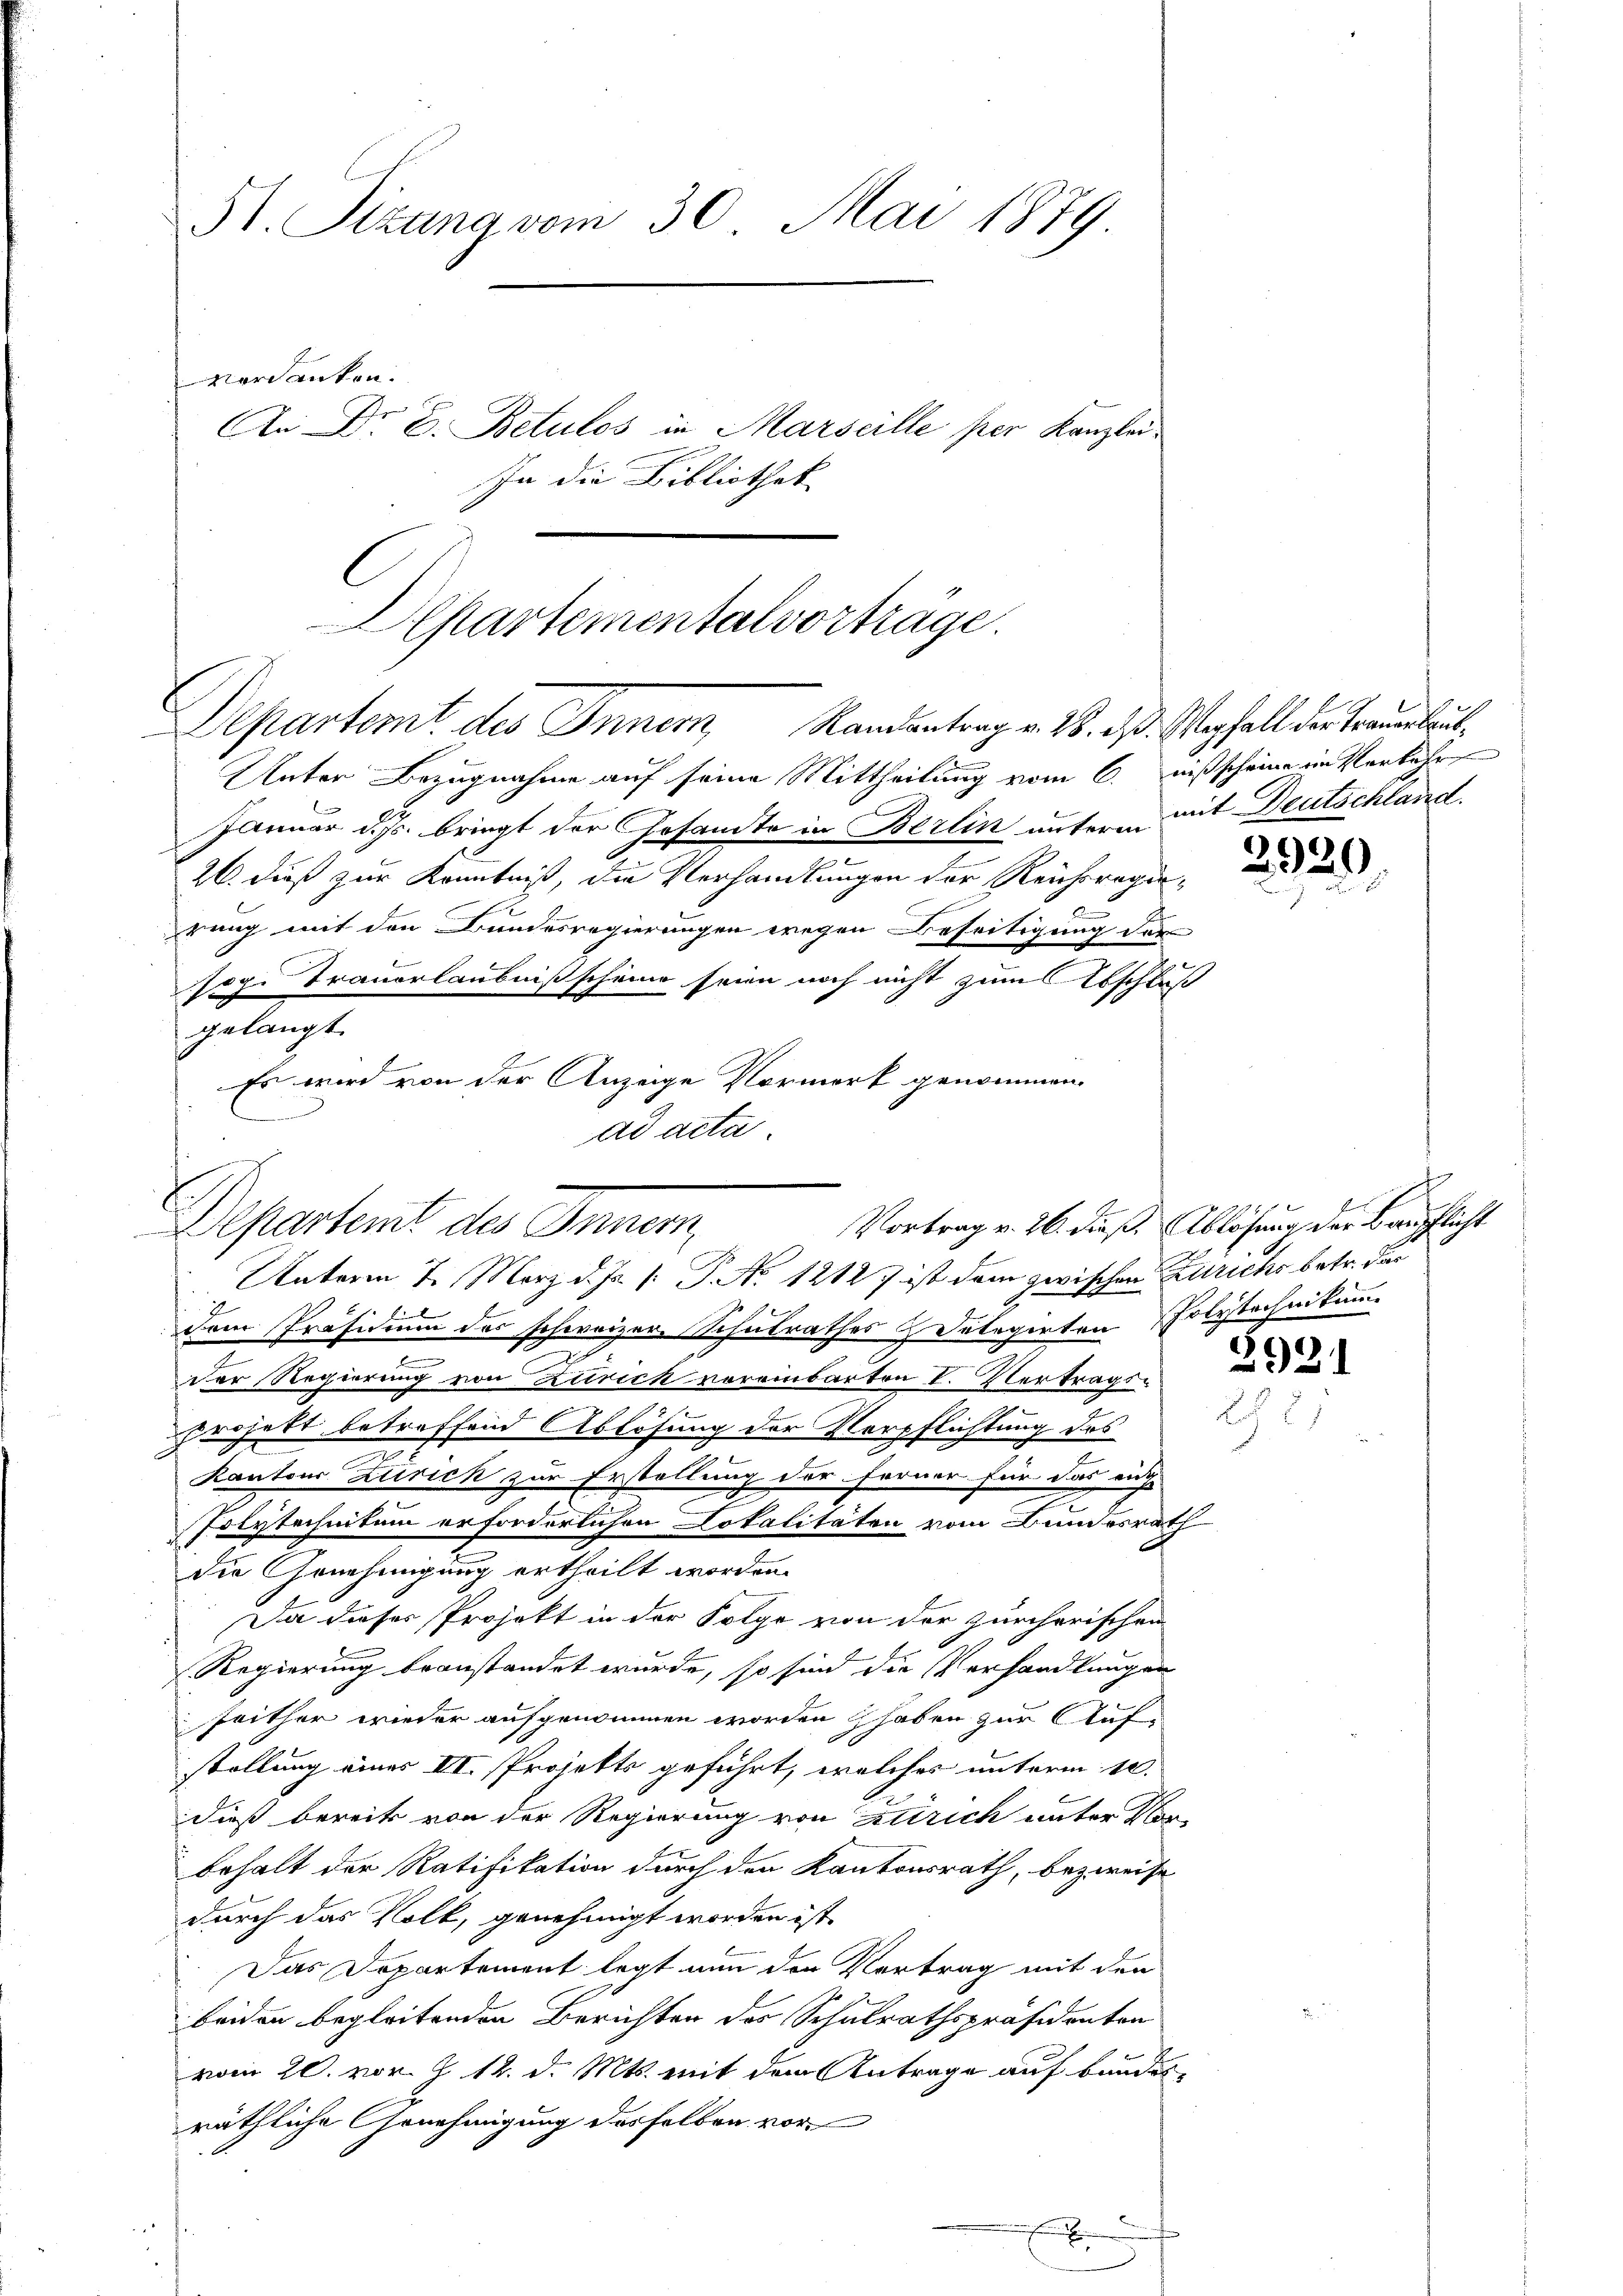
51. Sizana vom 30. Mai 1879
Vordanken.
An Dr E. Betulos in Marseille per Kanzlei¬
In die Bibliothek

Apartementalvorträge.
Departert des Innem Randantrag v. 28. d. M erhalt der Trauerlaub¬

Unter Bezugnahme auf seine Mittheilung vom 6. nißscheine im Verkehr
Januar d. Js. bringt der Gesandte in Berlik unterm mit Deutschland.
26. dieß zur Kenntniß, die Verhandlungen der Reichsregi¬
B
rung mit den Bundesregierungen wegen Beseitigung des
Toge Trauerlaubniß scheine seien noch nicht zum Abschluß
.
gelangt.
Unterm 7. März d. Js. [: P. No 12127 ist dem zwischen zurichs betr. der
Dem Präsidium des schweizer Schulrathes & Polegirten Polytechnikum

Der Regierung von Zürich voreinbarten I. Vertrags-
s
hiechert betreffend Ablösung der Verpflichtung des
Kantons Zürich zur Erstellung der Ferner für das auch
Polytechnitum erforderlichen Lokalitäten vom Bundesrath
die Genehmigung ertheilt worden.
Da dieser Projekt in der Folge von der zürcherischen
Regierung beanstandet wurde, so sind die Verhandlungen
Zeither wieder aufgenommen worden haben zur Aufstellung eines II. Projekts geführt, welches unterm 10.
dieß bereits von der Regierung von attrich unter Vor-
behalt der Ratifikation durch den Kantonsrath, bezweife
durch das Volk, genehmigt worden ist,
Das Departement legt nun der Vertrag mit den
beiden begleitenden Berichten des Schulrathspräsidenten
vom 20. vor. J. 12. d. Mts. mit dem Antrage auf bundes
räthliche Genehmigung desselben vor

Es wird von der Anzeige Vormerk genommen.
ad acta
Departent des

x

2920
d

1 f 0 x
Vortrag v. 26. dieß. Ablösung der Baupflicht

2921